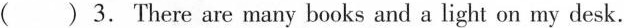
( ) 3. There are many books and a light on my desk.